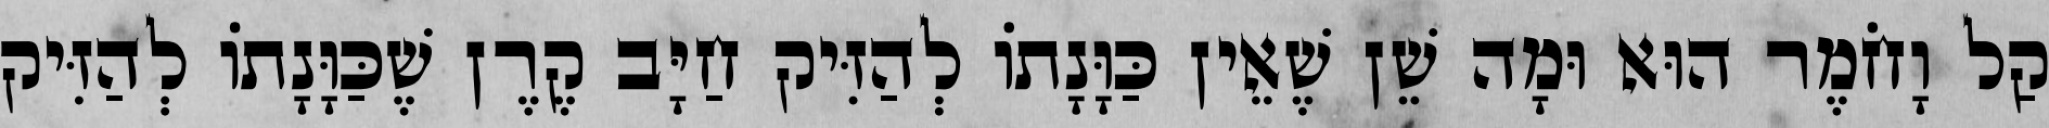
קַל וָחֹמֶר הוּא וּמָה שֵׁן שֶׁאֵין כַּוָּנָתוֹ לְהַזִּיק חַיָּב קֶרֶן שֶׁכַּוָּנָתוֹ לְהַזִּיק